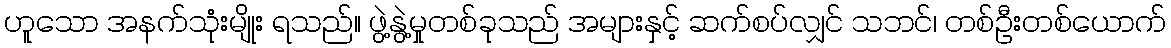
ဟူသော အနက်သုံးမျိုး ရသည်။ ဖွဲ့နွဲ့မှုတစ်ခုသည် အများနှင့် ဆက်စပ်လျှင် သဘင်၊ တစ်ဦးတစ်ယောက်